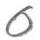
0